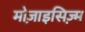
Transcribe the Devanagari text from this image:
मोज़ाइसिज़्म